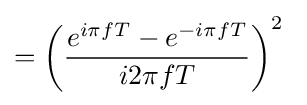
=\left({\frac {e^{i\pi fT}-e^{-i\pi fT}}{i2\pi fT}}\right)^{2}\